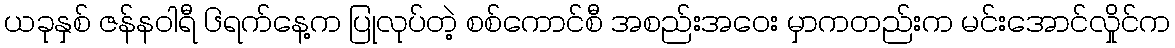
ယခုနှစ် ဇန်နဝါရီ ၆ရက်နေ့က ပြုလုပ်တဲ့ စစ်ကောင်စီ အစည်းအဝေး မှာကတည်းက မင်းအောင်လှိုင်က